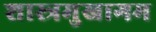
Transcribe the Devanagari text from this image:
शास्त्रमुखागम